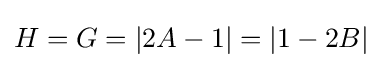
H=G=|2A-1|=|1-2B|